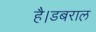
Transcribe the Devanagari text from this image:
है।डबराल